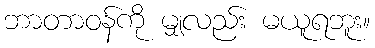
ဘာတာဝန်ကို မျှလည်း မယူရဘူး။